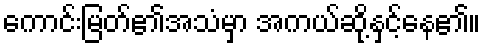
ကောင်းမြတ်၏အသံမှာ အကယ်ဆို့နှင့်နေ၏။